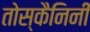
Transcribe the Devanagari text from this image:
तोस्कैनिनी